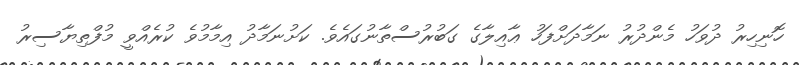
ހޮނިހިރު ދުވަހު މެންދުރު ނަމާދަށްފަހު ޢާއިލާގެ ގަބުރުސްތާނުގައެވެ. ކަށުނަމާދު އިމާމުވެ ކުރެއްވީ މުފްތިޔާސިރު